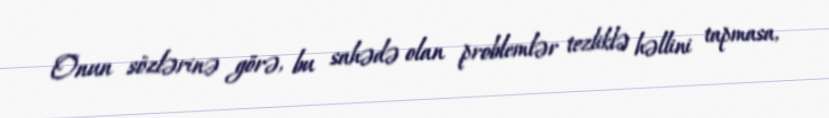
Onun sözlərinə görə, bu sahədə olan problemlər tezliklə həllini tapmasa,